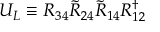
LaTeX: U _ { L } \equiv R _ { 3 4 } \widetilde { R } _ { 2 4 } \widetilde { R } _ { 1 4 } R _ { 1 2 } ^ { \dagger }